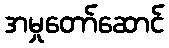
အမှုတော်ဆောင်